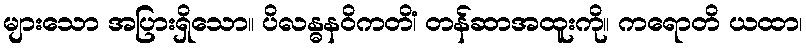
များသော အပြားရှိသော။ ပိလန္ဓနဝိကတိံ၊ တန်ဆာအထူးကို။ ကရောတိ ယထာ၊